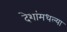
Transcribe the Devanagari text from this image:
देशांमधल्या